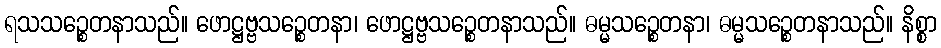
ရသသဉ္စေတနာသည်။ ဖောဋ္ဌဗ္ဗသဉ္စေတနာ၊ ဖောဋ္ဌဗ္ဗသဉ္စေတနာသည်။ ဓမ္မသဉ္စေတနာ၊ ဓမ္မသဉ္စေတနာသည်။ နိစ္စာ